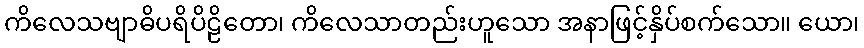
ကိလေသဗျာဓိပရိပိဠိတော၊ ကိလေသာတည်းဟူသော အနာဖြင့်နှိပ်စက်သော။ ယော၊